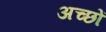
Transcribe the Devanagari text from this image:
अच्छों